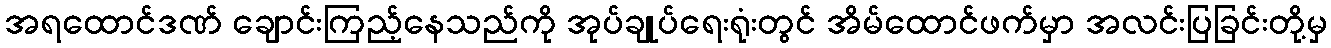
အရထောင်ဒဏ် ချောင်းကြည့်နေသည်ကို အုပ်ချုပ်ရေးရုံးတွင် အိမ်ထောင်ဖက်မှာ အလင်းပြခြင်းတို့မှ